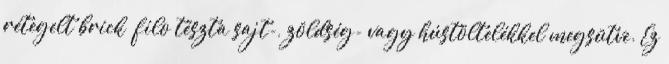
rétegelt brick filo tészta sajt-, zöldség- vagy hústöltelékkel megsütve. Ez